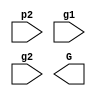
module blue_cell(p2, g1, g2, G);
input  p2, g1, g2;
output G;

// put your design here

endmodule